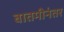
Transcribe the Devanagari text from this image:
बातमीनंतर